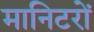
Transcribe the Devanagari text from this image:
मानिटरों